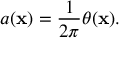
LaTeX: a ( { \bf x } ) = \frac { 1 } { 2 \pi } \theta ( { \bf x } ) .